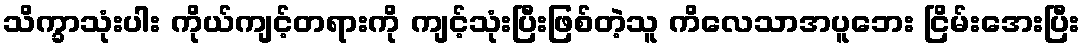
သိက္ခာသုံးပါး ကိုယ်ကျင့်တရားကို ကျင့်သုံးပြီးဖြစ်တဲ့သူ ကိလေသာအပူဘေး ငြိမ်းအေးပြီး